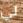
لي